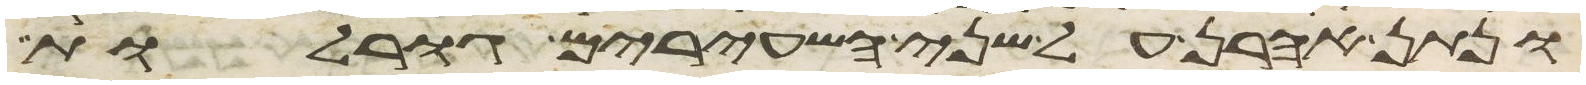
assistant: ונתן אהרן על שני השעירים גורלות